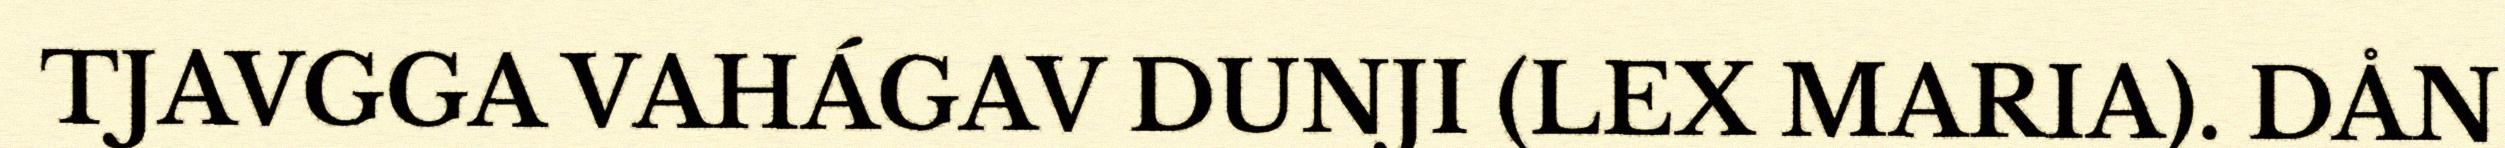
TJAVGGA VAHÁGAV DUNJI (LEX MARIA). DÅN